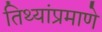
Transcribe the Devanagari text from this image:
तिथ्यांप्रमाणे